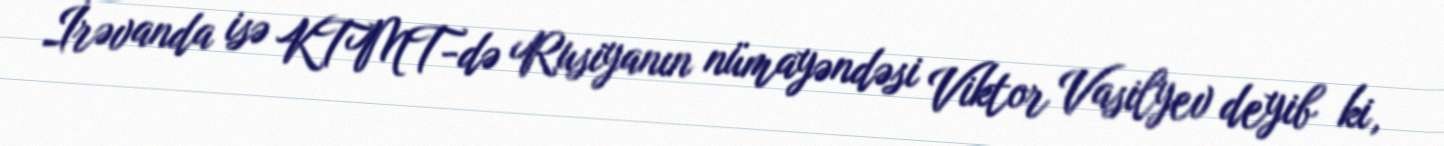
İrəvanda isə KTMT-də Rusiyanın nümayəndəsi Viktor Vasilyev deyib ki,